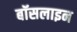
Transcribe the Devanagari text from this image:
बॉसलाइन